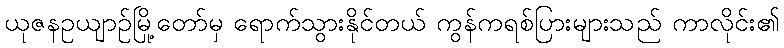
ယုဇနဥယျာဉ်မြို့တော်မှ ရောက်သွားနိုင်တယ် ကွန်ကရစ်ပြားများသည် ကာလိုင်း၏